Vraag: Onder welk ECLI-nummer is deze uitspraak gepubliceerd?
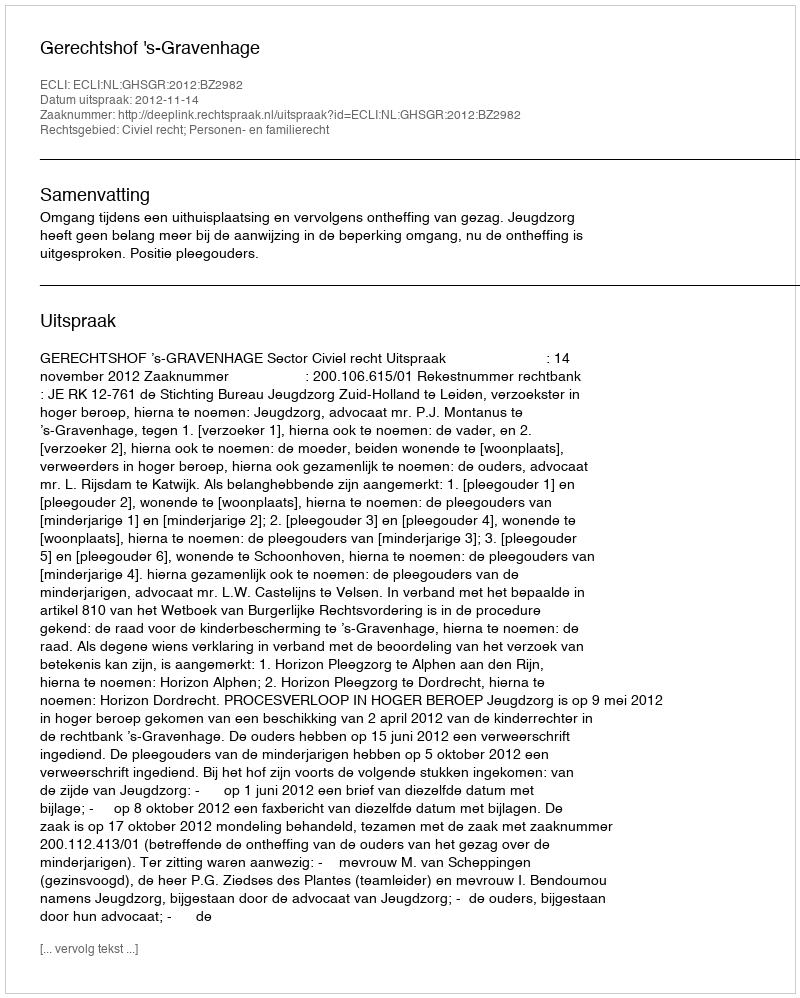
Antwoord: ECLI:NL:GHSGR:2012:BZ2982